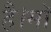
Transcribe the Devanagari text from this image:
है।माॅ